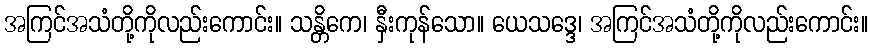
အကြင်အသံတို့ကိုလည်းကောင်း။ သန္တိကေ၊ နှီးကုန်သော။ ယေသဒ္ဒေ၊ အကြင်အသံတို့ကိုလည်းကောင်း။